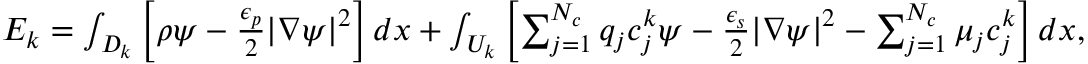
\begin{array} { r } { E _ { k } = \int _ { D _ { k } } \left[ \rho \psi - \frac { \epsilon _ { p } } { 2 } | \nabla \psi | ^ { 2 } \right] d x + \int _ { U _ { k } } \left[ \sum _ { j = 1 } ^ { N _ { c } } q _ { j } c _ { j } ^ { k } \psi - \frac { \epsilon _ { s } } { 2 } | \nabla \psi | ^ { 2 } - \sum _ { j = 1 } ^ { N _ { c } } \mu _ { j } c _ { j } ^ { k } \right] d x , } \end{array}